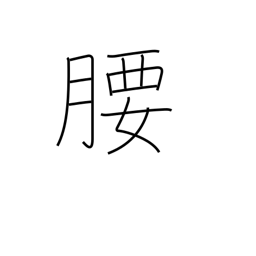
Meaning: hips